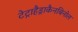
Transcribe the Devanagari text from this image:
टेट्राहैड्राकैनबिनोल